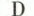
D